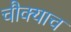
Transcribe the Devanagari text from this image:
चौक्याच